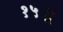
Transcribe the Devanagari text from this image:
१५॥